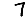
Digit: 7